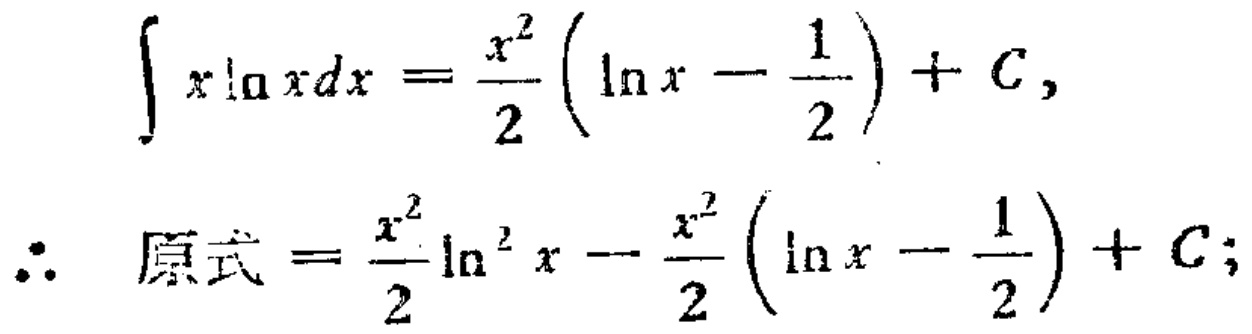
\[

\begin{align*}

\int x\ln xdx&=\frac{x^{2}}{2}\left(\ln x - \frac{1}{2}\right)+C,\\

\therefore\ 原式&=\frac{x^{2}}{2}\ln^{2}x-\frac{x^{2}}{2}\left(\ln x - \frac{1}{2}\right)+C;

\end{align*}

\]